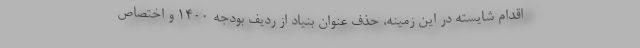
اقدام شایسته در این زمینه، حذف عنوان بنیاد از ردیف بودجه ۱۴۰۰ و اختصاص